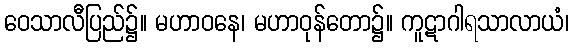
ဝေသာလီပြည်၌။ မဟာဝနေ၊ မဟာဝုန်တော၌။ ကူဋာဂါရသာလာယံ၊